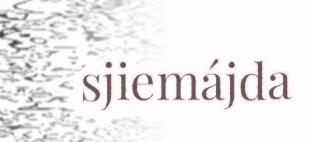
sjiemájda